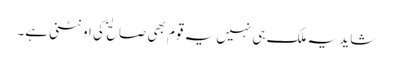
شاید یہ ملک ہی نہیں یہ قوم بھی صالح ؐ کی اونٹنی ہے۔